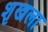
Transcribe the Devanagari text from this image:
शृखला